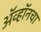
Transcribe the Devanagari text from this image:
ॲव्हॉनचा